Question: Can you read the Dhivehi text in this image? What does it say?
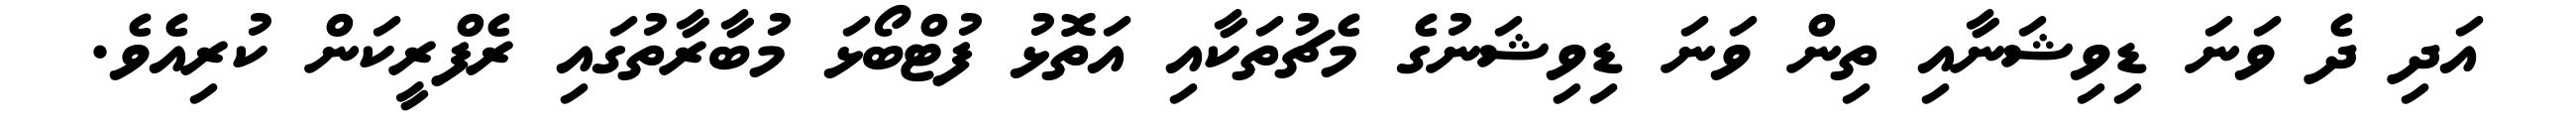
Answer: އަދި ދެ ވަނަ ޑިވިޝަނާއި ތިން ވަނަ ޑިވިޝަނުގެ މެޗުތަކާއި އަތޮޅު ފުޓްބޯޅަ މުބާރާތުގައި ރެފްރީކަން ކުރިއެވެ.